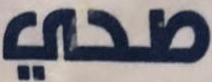
صحي